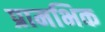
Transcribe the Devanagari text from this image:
प्रामभिक